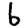
Digit: 6